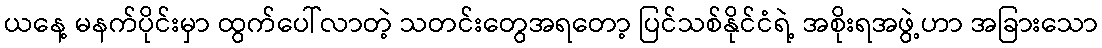
ယနေ့ မနက်ပိုင်းမှာ ထွက်ပေါ်လာတဲ့ သတင်းတွေအရတော့ ပြင်သစ်နိုင်ငံရဲ့ အစိုးရအဖွဲ့ဟာ အခြားသော